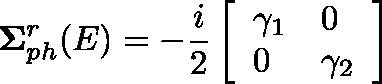
\mathbf { \Sigma } _ { p h } ^ { r } ( E ) = - \frac { i } { 2 } \left[ \begin{array} { l l } { \gamma _ { 1 } } & { 0 } \\ { 0 } & { \gamma _ { 2 } } \end{array} \right]